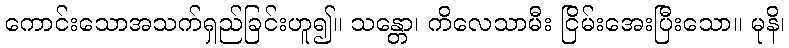
ကောင်းသောအသက်ရှည်ခြင်းဟူ၍။ သန္တော၊ ကိလေသာမီး ငြိမ်းအေးပြီးသော။ မုနိ၊